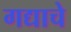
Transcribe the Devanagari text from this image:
गद्याचे